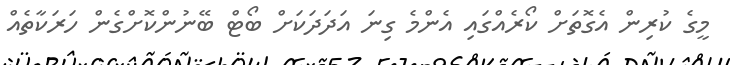
މީގެ ކުރިން އެގޮތަށް ކޯރެއްގައި އެންމެ ގިނަ އަދަދަކަށް ބޯޓް ބޭނުންކޮށްގެން ހަރަކާތެއް